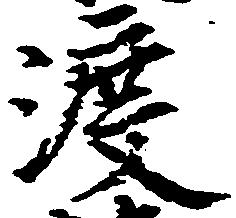
渡